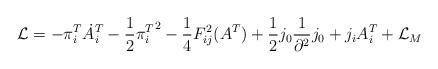
LaTeX: \begin{align*}{\cal L} = -\pi_i^T \dot A_i^T -\frac{1}{2} {\pi_i^T}^2 - \frac{1}{4} F_{ij}^2 (A^T) +\frac{1}{2} j_0\frac{1}{\partial^2}j_0 + j_i A_i^T +{\cal L}_M\end{align*}